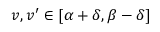
v , v ^ { \prime } \in [ \alpha + \delta , \beta - \delta ]